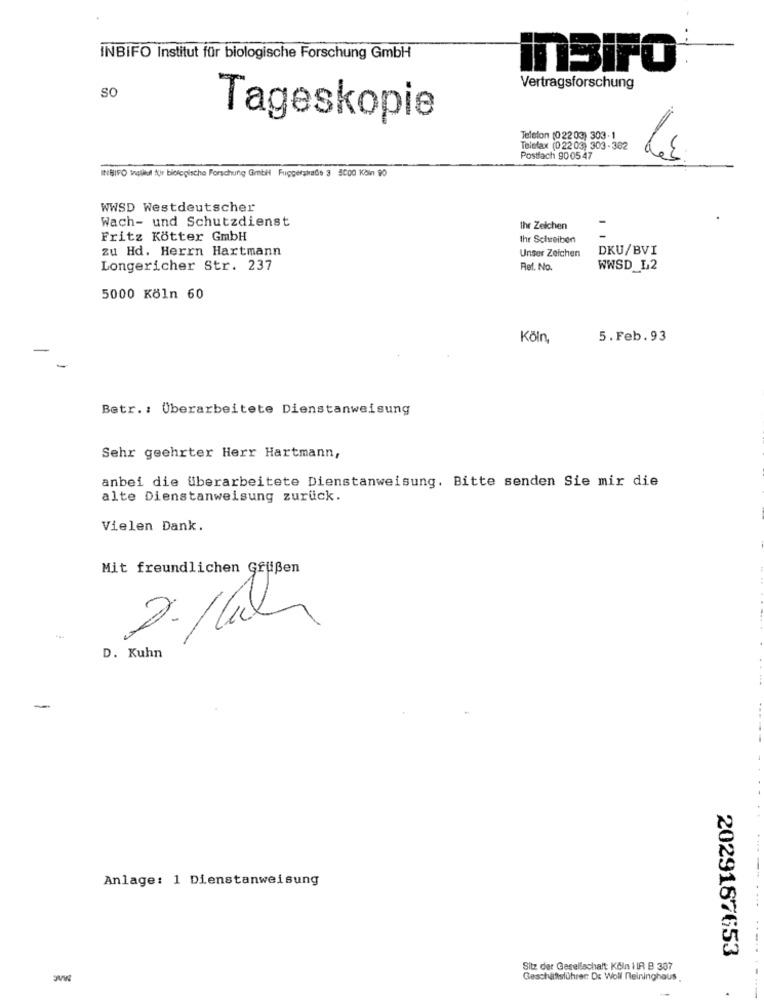
INBIFO Institut für biologische Forschung GmbH
inBiFO
SO
Vertragsforschung
Tageskopie
Telefon (022 03) 303-1
Telefax (02203) 303-362
Postfach 90 05 47
INBIFO trollut für biologische Forschung GmbH Fliggershade 3 5000 Köln 90
WWSD Westdeutscher
Wach- und Schutzdienst
Ihr Zeichen
Fritz Kötter GmbH
Ihr Schreiben
zu Hd. Herrn Hartmann
DKU/BVI
Unser Zeichen
Longericher Str. 237
Ref. No.
WWSD_L2
5000 Köln 60
Köln,
5.Feb.93
Betr .: Überarbeitete Dienstanweisung
Sehr geehrter Herr Hartmann,
anbei die überarbeitete Dienstanweisung. Bitte senden Sie mir die
alte Dienstanweisung zurück.
Vielen Dank.
Mit freundlichen Gfüßen
2. /Ch
D. Kuhn
-
Anlage: 1 Dienstanweisung
2029187653
Sitz der Gesellschaft Köln I IR B 337
Geschäftsführer De Woll Nelninghaus.